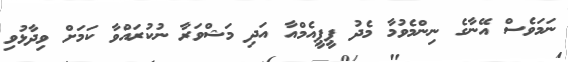
ނަމަވެސް އޭނާގެ ނިންމެވުމާ މެދު ޕީޕީއެމްއާ އަދި މަޝްވަރާ ނުކުރައްވާ ކަމަށް ވިދާޅުވި